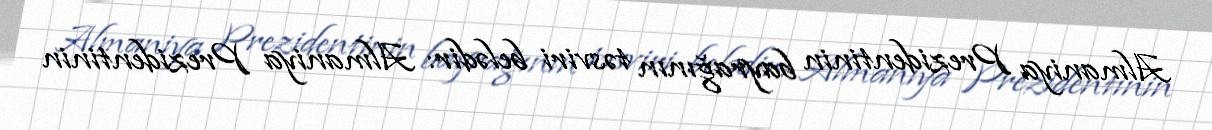
Almaniya Prezidentinin bayrağının təsviri belədir: Almaniya Prezidentinin